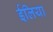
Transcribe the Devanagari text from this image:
ईलिया